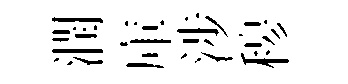
潤庫涉𥠇